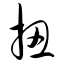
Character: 扭